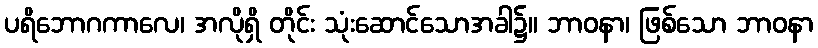
ပရိဘောဂကာလေ၊ အလိုရှိ တိုင်း သုံးဆောင်သောအခါ၌။ ဘာဝနာ၊ ဖြစ်သော ဘာဝနာ